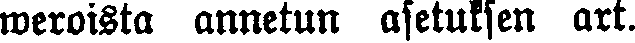
weroista annetun asetuksen art.